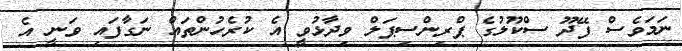
ނަމަވެސް ފޭދޫ ސްކޫލުގެ ޕްރިންސިޕަލް ވިދާޅުވީ އެ ކުރެހުންތައް ނަގާފައި ވަނީ އެ